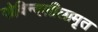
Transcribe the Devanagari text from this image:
गोविन्दलीलामृत